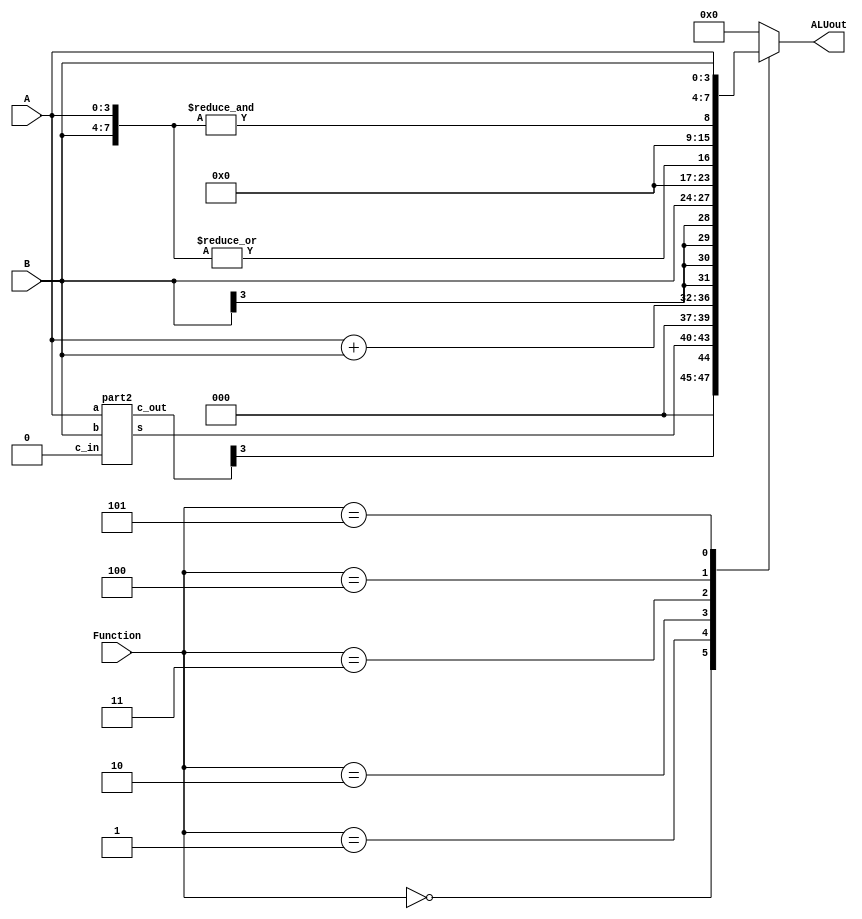
`timescale 1ns / 1ns // `timescale time_unit/time_precision

// Arithmetic logic unit
module part3(A, B, Function, ALUout);
    input [3:0] A, B;
    input [2:0] Function;
    output reg [7:0] ALUout;
    wire [3:0] sum, carry;

    part2 a0(.a(A), .b(B), .c_in(1'b0), .s(sum), .c_out(carry));

    always @(*)
        case (Function)
           3'b000: ALUout = {3'b000, {carry[3], sum}}; // adder from part2
           3'b001: ALUout = A + B; // adder using the Verilog '+' operator
           3'b010: ALUout = {{4{B[3]}}, B[3:0]};  // sign extension of B to 8 bits
           3'b011: ALUout = {7'b0, |{A, B}}; //Output 8b00000001 if at least 1 of the 8 bits in the two inputs is 1 using a single OR operation
           3'b100: ALUout = {7'b0, &{A, B}}; // Output 8b00000001 if all of the 8 bits in the two inputs are 1 using a single AND operation
           3'b101: ALUout = {A, B}; // Display A in the most significant four bits and B in the lower four bits
           default: ALUout = 8'b0; // default case
        endcase
endmodule

// top level module
module ALU(SW, LEDR, KEY, HEX0, HEX1, HEX2, HEX3, HEX4, HEX5);
    input [7:0] SW, KEY;
    output [6:0] HEX0, HEX1, HEX2, HEX3, HEX4, HEX5;
    output [7:0] LEDR;
    wire [7:0] ALU;

    part3 u0(.A(SW[7:4]), .B(SW[3:0]), .Function(~KEY[2:0]), .ALUout(ALU));

    assign LEDR = ALU; // display ALUout on LEDs

    hex_decoder d0(.c(SW[7:4]), .display(HEX2)); // display input A on 7 segment display
    hex_decoder d1(.c(SW[3:0]), .display(HEX0)); // display input B on 7 segment display

    // display ALUout on 7 segment display
    hex_decoder d2(.c(ALU[3:0]), .display(HEX4)); 
    hex_decoder d3(.c(ALU[7:4]), .display(HEX5));

    // display 0 on HEX1 and HEX3
    assign HEX1 = 7'b1000000;
    assign HEX3 = 7'b1000000;
endmodule

// hexdecimal decoder from lab2
module hex_decoder(c, display);
    input [3:0] c;
    output [6:0] display;

    assign display[0] = ~((~c[0]|c[1]|c[2]|c[3])&(c[0]|c[1]|~c[2]|c[3])&(~c[0]|~c[1]|c[2]|~c[3])&(~c[0]|c[1]|~c[2]|~c[3])); // Eqn 0
    assign display[1] = ~((~c[0]|c[1]|~c[2]|c[3])&(c[0]|~c[1]|~c[2]|c[3])&(~c[0]|~c[1]|c[2]|~c[3])&(c[0]|c[1]|~c[2]|~c[3])&(c[0]|~c[1]|~c[2]|~c[3])&(~c[0]|~c[1]|~c[2]|~c[3])); // Eqn 1
    assign display[2] = ~((c[0]|~c[1]|c[2]|c[3])&(c[0]|c[1]|~c[2]|~c[3])&(c[0]|~c[1]|~c[2]|~c[3])&(~c[0]|~c[1]|~c[2]|~c[3])); // Eqn 2
    assign display[3] = ~((~c[0]|c[1]|c[2]|c[3])&(c[0]|c[1]|~c[2]|c[3])&(~c[0]|~c[1]|~c[2]|c[3])&(c[0]|~c[1]|c[2]|~c[3])&(~c[0]|~c[1]|~c[2]|~c[3])); // Eqn 3
    assign display[4] = ~((~c[0]|c[1]|c[2]|c[3])&(~c[0]|~c[1]|c[2]|c[3])&(c[1]|c[1]|~c[2]|c[3])&(~c[0]|c[1]|~c[2]|c[3])&(~c[0]|~c[1]|~c[2]|c[3])&(~c[0]|c[1]|c[2]|~c[3])); // Eqn 4
    assign display[5] = ~((~c[0]|c[1]|c[2]|c[3])&(c[0]|~c[1]|c[2]|c[3])&(~c[0]|~c[1]|c[2]|c[3])&(~c[0]|~c[1]|~c[2]|c[3])&(~c[0]|c[1]|~c[2]|~c[3])); // Enq 5
    assign display[6] = ~((c[0]|c[1]|c[2]|c[3])&(~c[0]|c[1]|c[2]|c[3])&(~c[0]|~c[1]|~c[2]|c[3])&(c[0]|c[1]|~c[2]|~c[3])); // Enq 6
endmodule   

// ripple carry adder from part2
module part2(a, b, c_in, s, c_out);
    input [3:0] a, b;
    input c_in;
    output [3:0] s, c_out;

    full_adder f0(.a(a[0]), .b(b[0]), .c_i(c_in), .s(s[0]), .c_o(c_out[0]));   
    full_adder f1(.a(a[1]), .b(b[1]), .c_i(c_out[0]), .s(s[1]), .c_o(c_out[1]));
    full_adder f2(.a(a[2]), .b(b[2]), .c_i(c_out[1]), .s(s[2]), .c_o(c_out[2]));
    full_adder f3(.a(a[3]), .b(b[3]), .c_i(c_out[2]), .s(s[3]), .c_o(c_out[3]));
endmodule

module full_adder(a, b, c_i, s, c_o);
    input a, b, c_i;
    output c_o, s;
    wire sel;

    assign sel = a^b;
    assign s = sel^c_i;

    mux2to1 u1(.x(b), .y(c_i), .s(sel), .m(c_o));
endmodule

module mux2to1(x, y, s, m);
    input x; //select 0
    input y; //select 1
    input s; //select signal
    output m; //output
  
    //assign m = s & y | ~s & x;
    // OR
    assign m = s ? y : x;
endmodule